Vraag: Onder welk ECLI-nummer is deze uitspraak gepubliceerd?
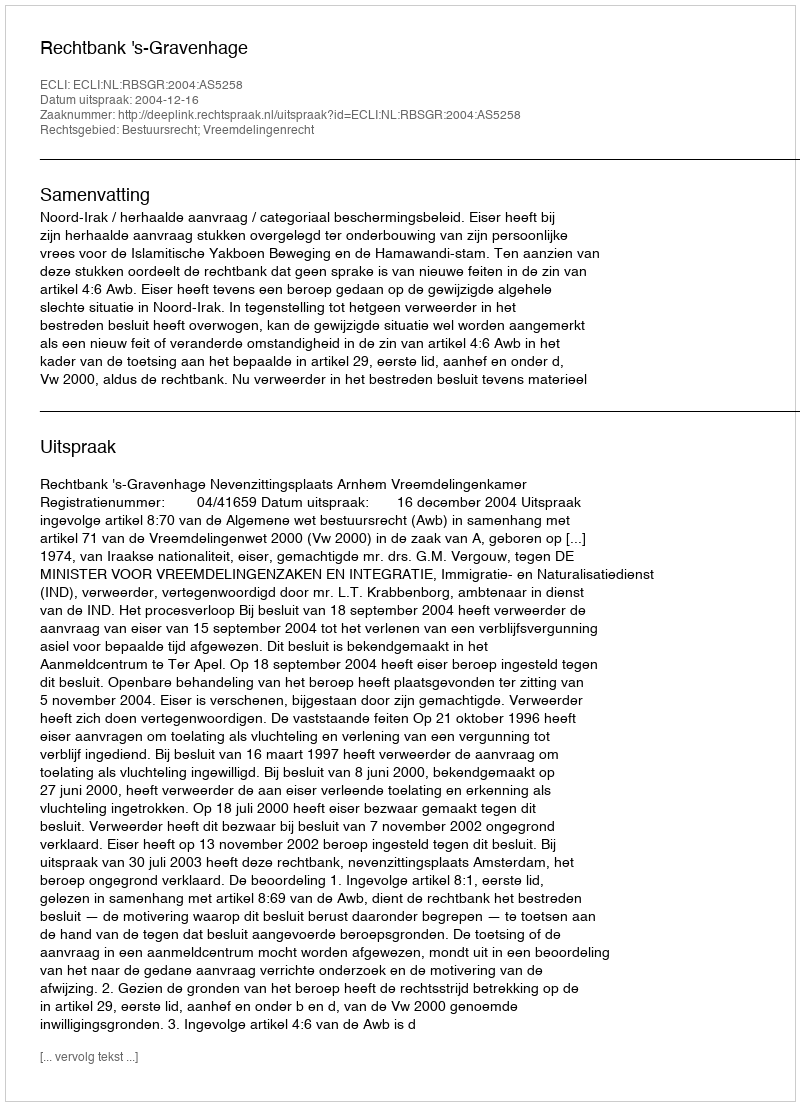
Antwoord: ECLI:NL:RBSGR:2004:AS5258